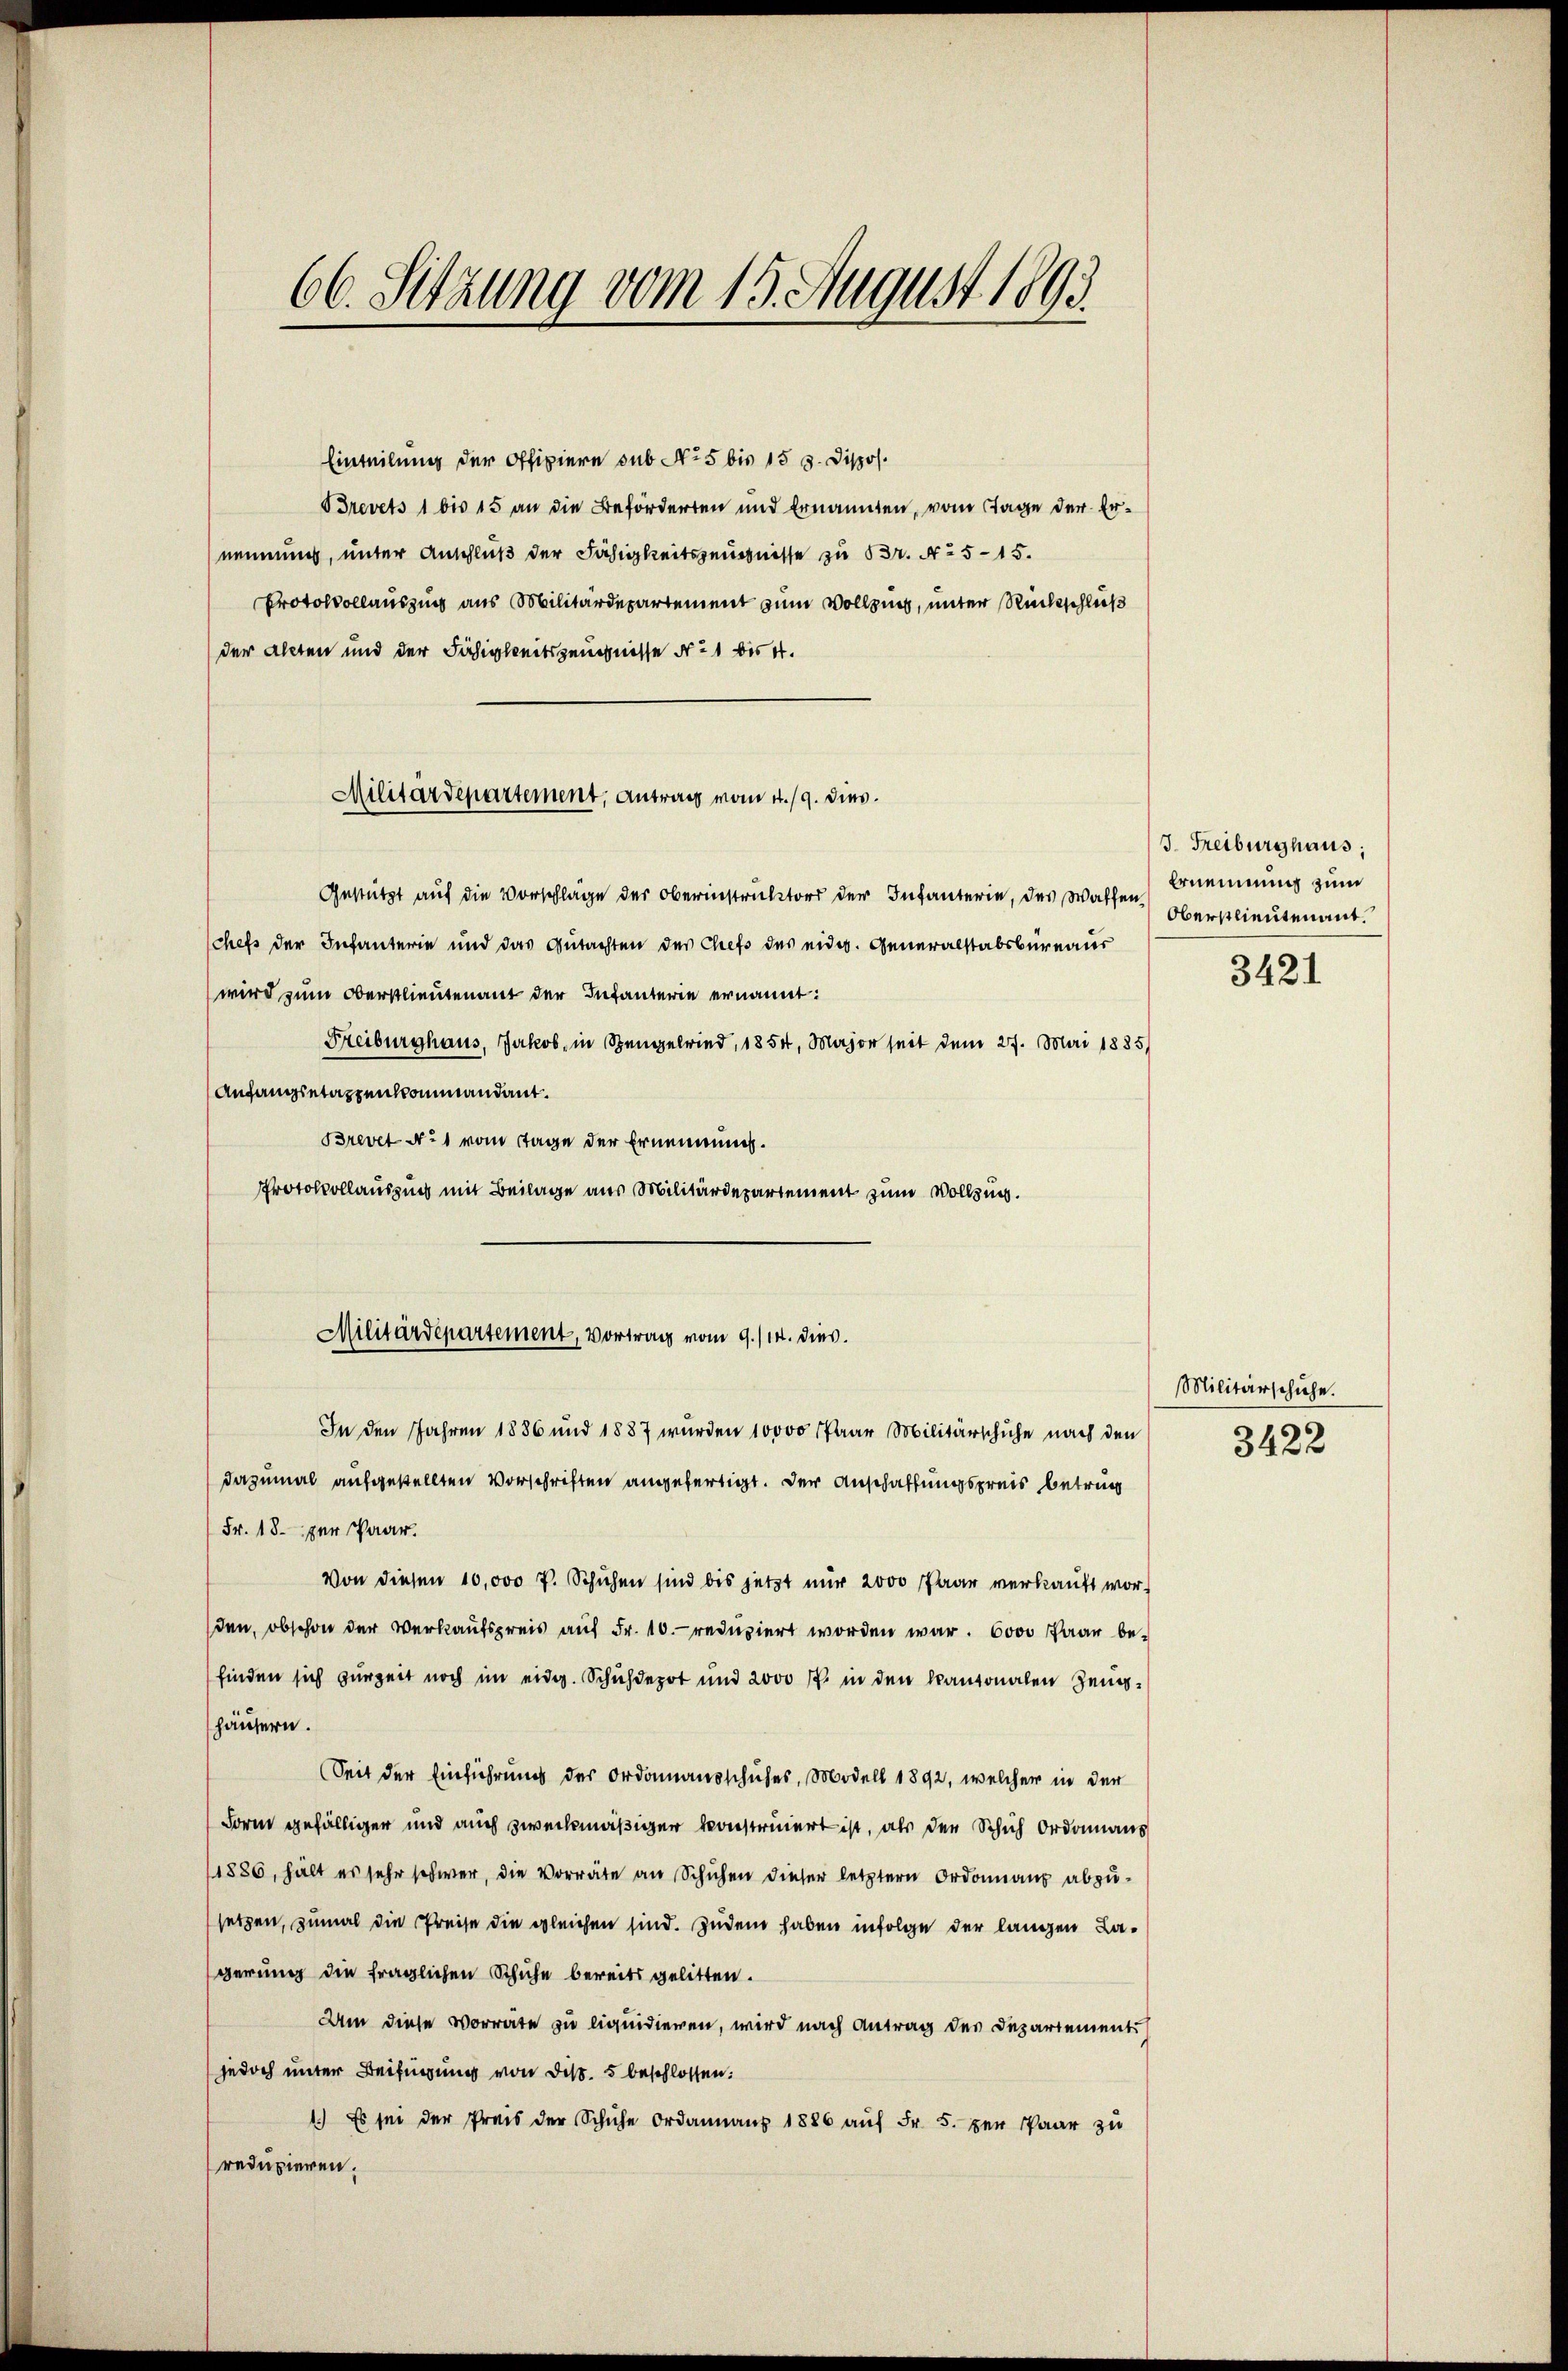
66. Sitzung vom 15. August 1893.

Einteilung der Offiziere sub No 5 bis 15 s. Dispos.
Brevets 1 bis 15 an die Beförderten und Ernannten, vom Tage der Ernennung, unter Anschluß der Fähigkeitszeugnisse zu Br. No 5-15.
Protokollauszug aus Militärdepartement zum Vollzug, unter Rückschluß
der alten und der Fähigkeitszeugnisse Nr 21 bis 4.
Gestützt auf die Vorschläge der Oberinstruktor der Infanterie, des Waffen) Ernennung zum
schefs der Infanterie und das Gutachten der Chefs des eidg. Generalstabsbureaus
wird zum Oberstlieutenant der Infanterie ernannt:
Freiburghaus, Jakob, in Spengelried, 1854, Major seit dem 27. Mai 1885
Anfangsetappenkommandant.
Brevet dit vom Tage der Ernennung.
Protokollauszug mit Beilage aus Militärdepartement zum Vollzug.
In den Jahren 1886 und 1887 wurden 10000 Paar Militärschuhe nach den
dazumal aufgestellten Vorschriften angefertigt. Der Anschaffungspreis betrug
Fr. 18. per Paar.
Von diesen 10,000 f. Schuhen sind bis jetzt nur 2000 Paar verkauft worden, obschon der Verkaufspreis auf Fr. 10. reduziert worden war. 6000 Paar befinden sich zur Zeit noch im eidg. Schuhdepot und 2000 ff. in den kantonalen Zeughäusern.
Seit der Einführung der Ordanausschuhes, Modell 1892, welcher in der
Form gefälliger und auch zweckmäßiger konstruiert ist, als den Schich Ordonnans
1886, hält es sehr schwer, die Vorräte an Schuhen dieser letztern Ordonnanz abzu-
setzen, zumal die Preise die gleichen sind. Zudem haben infolge der langen Lagerung die fraglichen Schuhe bereits gelitten.
Um diese Vorräte zu liquidieren, wird nach Antrag des Departement
jedoch unter Beifügung von dis. 5 beschlossen:
1.) Es sei der Preis der Schuhe Ordonnanz 1886 aŭf Fr. 5. der Paar zu
reduzieren.

Militärdepartement, Antrag vom 4./9. dies

Militärdepartement, Vortrag vom 9./14. dies.

J. Freiburghaus;
Oberstlieutenant.

3421

Militärschuhe.

3422